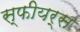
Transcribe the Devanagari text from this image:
स्फीयर्स